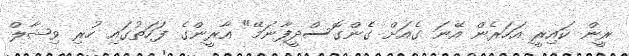
ރީން ކައިރީ އަހަރެން އޭނަ ގެއަށް ގެންގޮސްދީފާނަމޭ" އާރީންގެ ފަހަތުގައި ހުރި ވިޝާލް